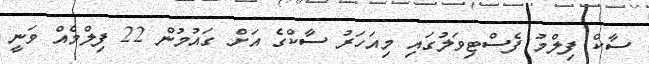
ސާކް ފިލްމު ފެސްޓިވަލުގައި މިއަހަރު ސާކްގެ އަށް ގައުމުން 22 ފިލްމެއް ވަނީ